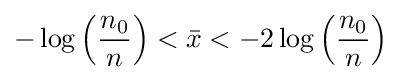
-\log \left({\frac {n_{0}}{n}}\right)<{\bar {x}}<-2\log \left({\frac {n_{0}}{n}}\right)